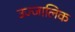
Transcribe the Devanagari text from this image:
उज्जालिक